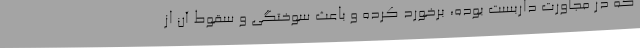
که در مجاورت داربست بوده، برخورد کرده و باعث سوختگی و سقوط آن از